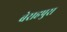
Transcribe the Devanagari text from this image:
बेराहपुरा